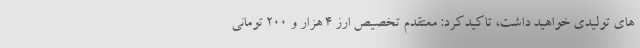
های تولیدی خواهید داشت، تاکیدکرد: معتقدم تخصیص ارز ۴ هزار و ۲۰۰ تومانی